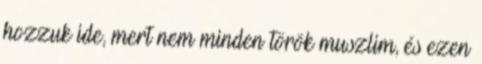
hozzuk ide, mert nem minden török muszlim, és ezen